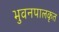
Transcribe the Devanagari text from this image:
भुवनपालकृत